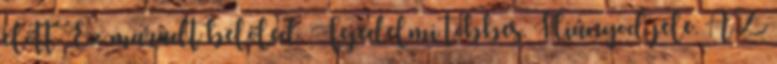
előtt. Ez maradt belőled. Fejedelmi többes. Hiányod jele. AZ